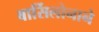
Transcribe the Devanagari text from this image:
बार्सिलोनाने